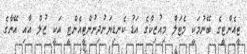
ޓީއެންޓީގެ ބޭނުމަކީ މެޓަލް މިއުޒިކްގެ އަޑު ކެނޑިޔަނުދިނުންޓީއެންޓީ އަކީ ޒުލް އާއި އޭނާގެ